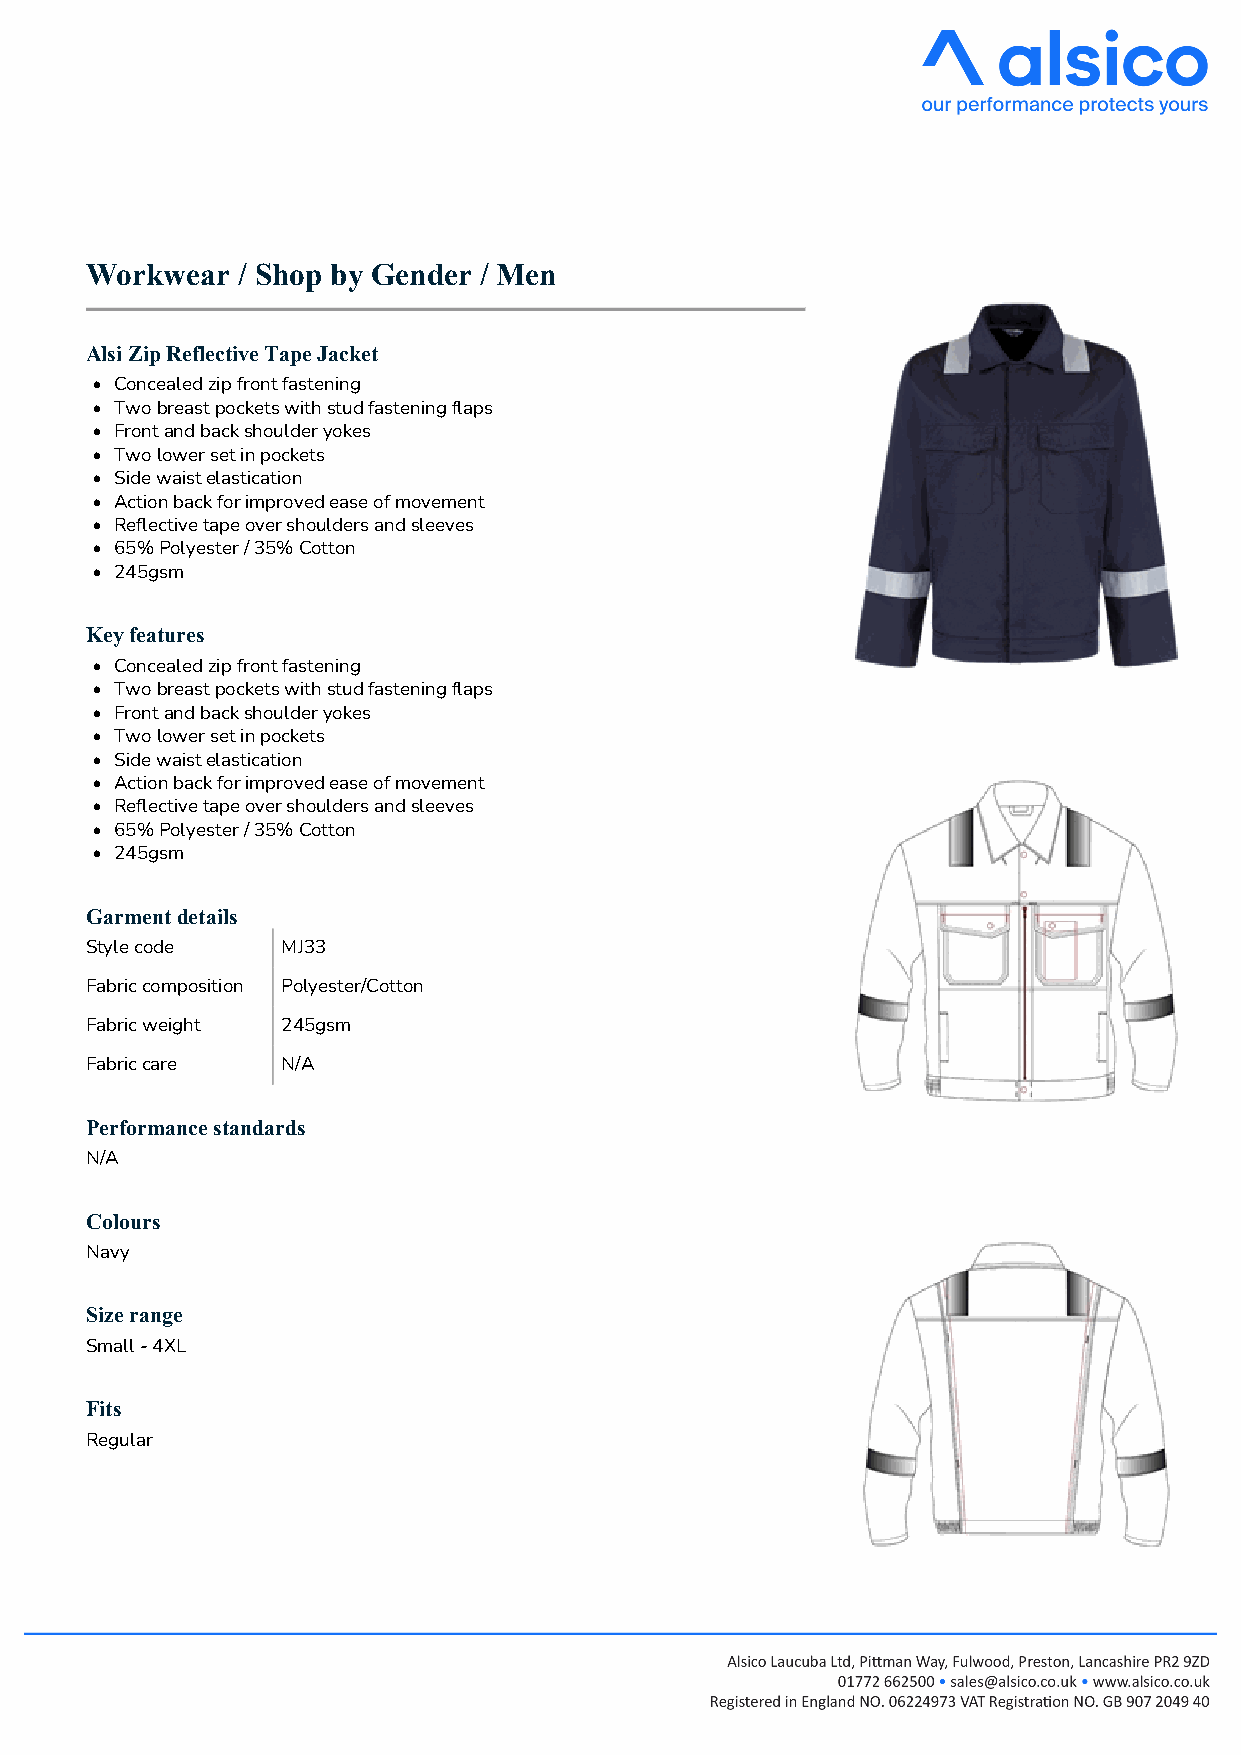
Workwear  / Shop by Gender / Men
 AlsiZipReflectiveTapeJacket
 • Concealedzipfrontfastening
 • Twobreastpocketswithstudfasteningflaps
 • Frontandbackshoulderyokes
 • Twolowersetinpockets
 • Sidewaistelastication
 • Actionbackforimprovedeaseofmovement
 • Reflectivetapeovershouldersandsleeves
 • 65%Polyester/35%Cotton
 • 245gsm
 Keyfeatures
 • Concealedzipfrontfastening
 • Twobreastpocketswithstudfasteningflaps
 • Frontandbackshoulderyokes
 • Twolowersetinpockets
 • Sidewaistelastication
 • Actionbackforimprovedeaseofmovement
 • Reflectivetapeovershouldersandsleeves
 • 65%Polyester/35%Cotton
 • 245gsm
 Garmentdetails
 Stylecode    MJ33
 Fabriccomposition Polyester/Cotton
 Fabricweight 245gsm
 Fabriccare   N/A
 Performancestandards
 N/A
 Colours
 Navy
 Sizerange
 Small-4XL
 Fits
 Regular